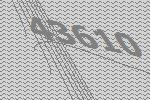
43610